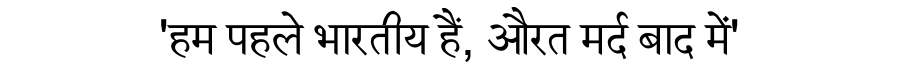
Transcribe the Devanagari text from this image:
'हम पहले भारतीय हैं, औरत मर्द बाद में'